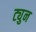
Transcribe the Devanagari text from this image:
ट्युन